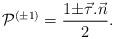
LaTeX: \begin{align*}{\cal P}^{(\pm 1)}=\frac{1{\pm}\vec{\tau}.\vec{n}}{2}.\end{align*}